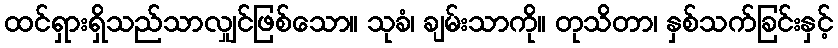
ထင်ရှားရှိသည်သာလျှင်ဖြစ်သော။ သုခံ၊ ချမ်းသာကို။ တုသိတာ၊ နှစ်သက်ခြင်းနှင့်